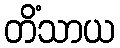
တိံသာယ